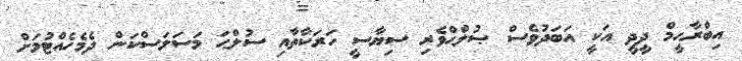
އިބްރާޙީމް ދީދީ އަކީ އަބަދުވެސް ޞުލްޙްވެރި ސިޔާސީ ހަރަކާތާއި ސުލްޙަ މަސަލަސްކަން ދެމެހެއްޓުމަށް